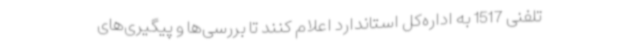
تلفنی 1517 به اداره‌کل استاندارد اعلام کنند تا بررسی‌ها و پیگیری‌های